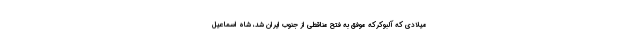
میلادی که آلبوکرکه موفق به فتح مناقطی از جنوب ایران شد، شاه اسماعیل